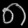
Digit: ၈